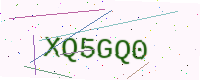
Text: XQ5GQ0